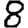
Digit: 8